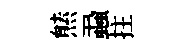
㷱蝨拄